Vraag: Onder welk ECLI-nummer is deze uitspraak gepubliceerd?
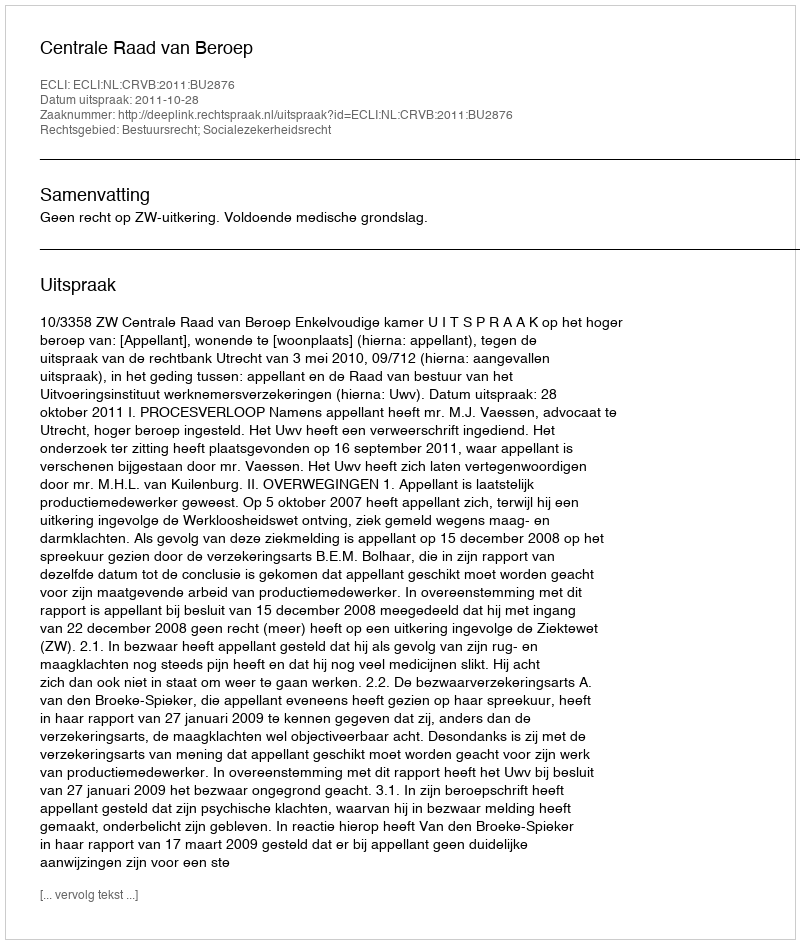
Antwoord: ECLI:NL:CRVB:2011:BU2876